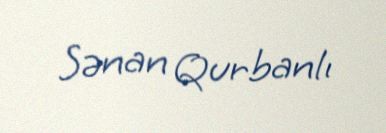
Sənan Qurbanlı